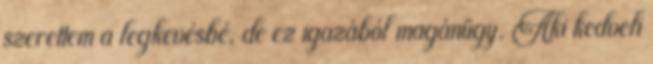
szerettem a legkevésbé, de ez igazából magánügy. Aki kedveli